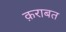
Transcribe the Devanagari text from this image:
क़राबत